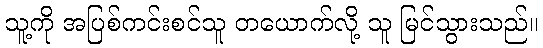
သူ့ကို အပြစ်ကင်းစင်သူ တယောက်လို့ သူ မြင်သွားသည်။